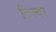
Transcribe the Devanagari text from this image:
तिल्यर